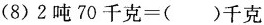
(8) $$2吨70千克=( )千克$$